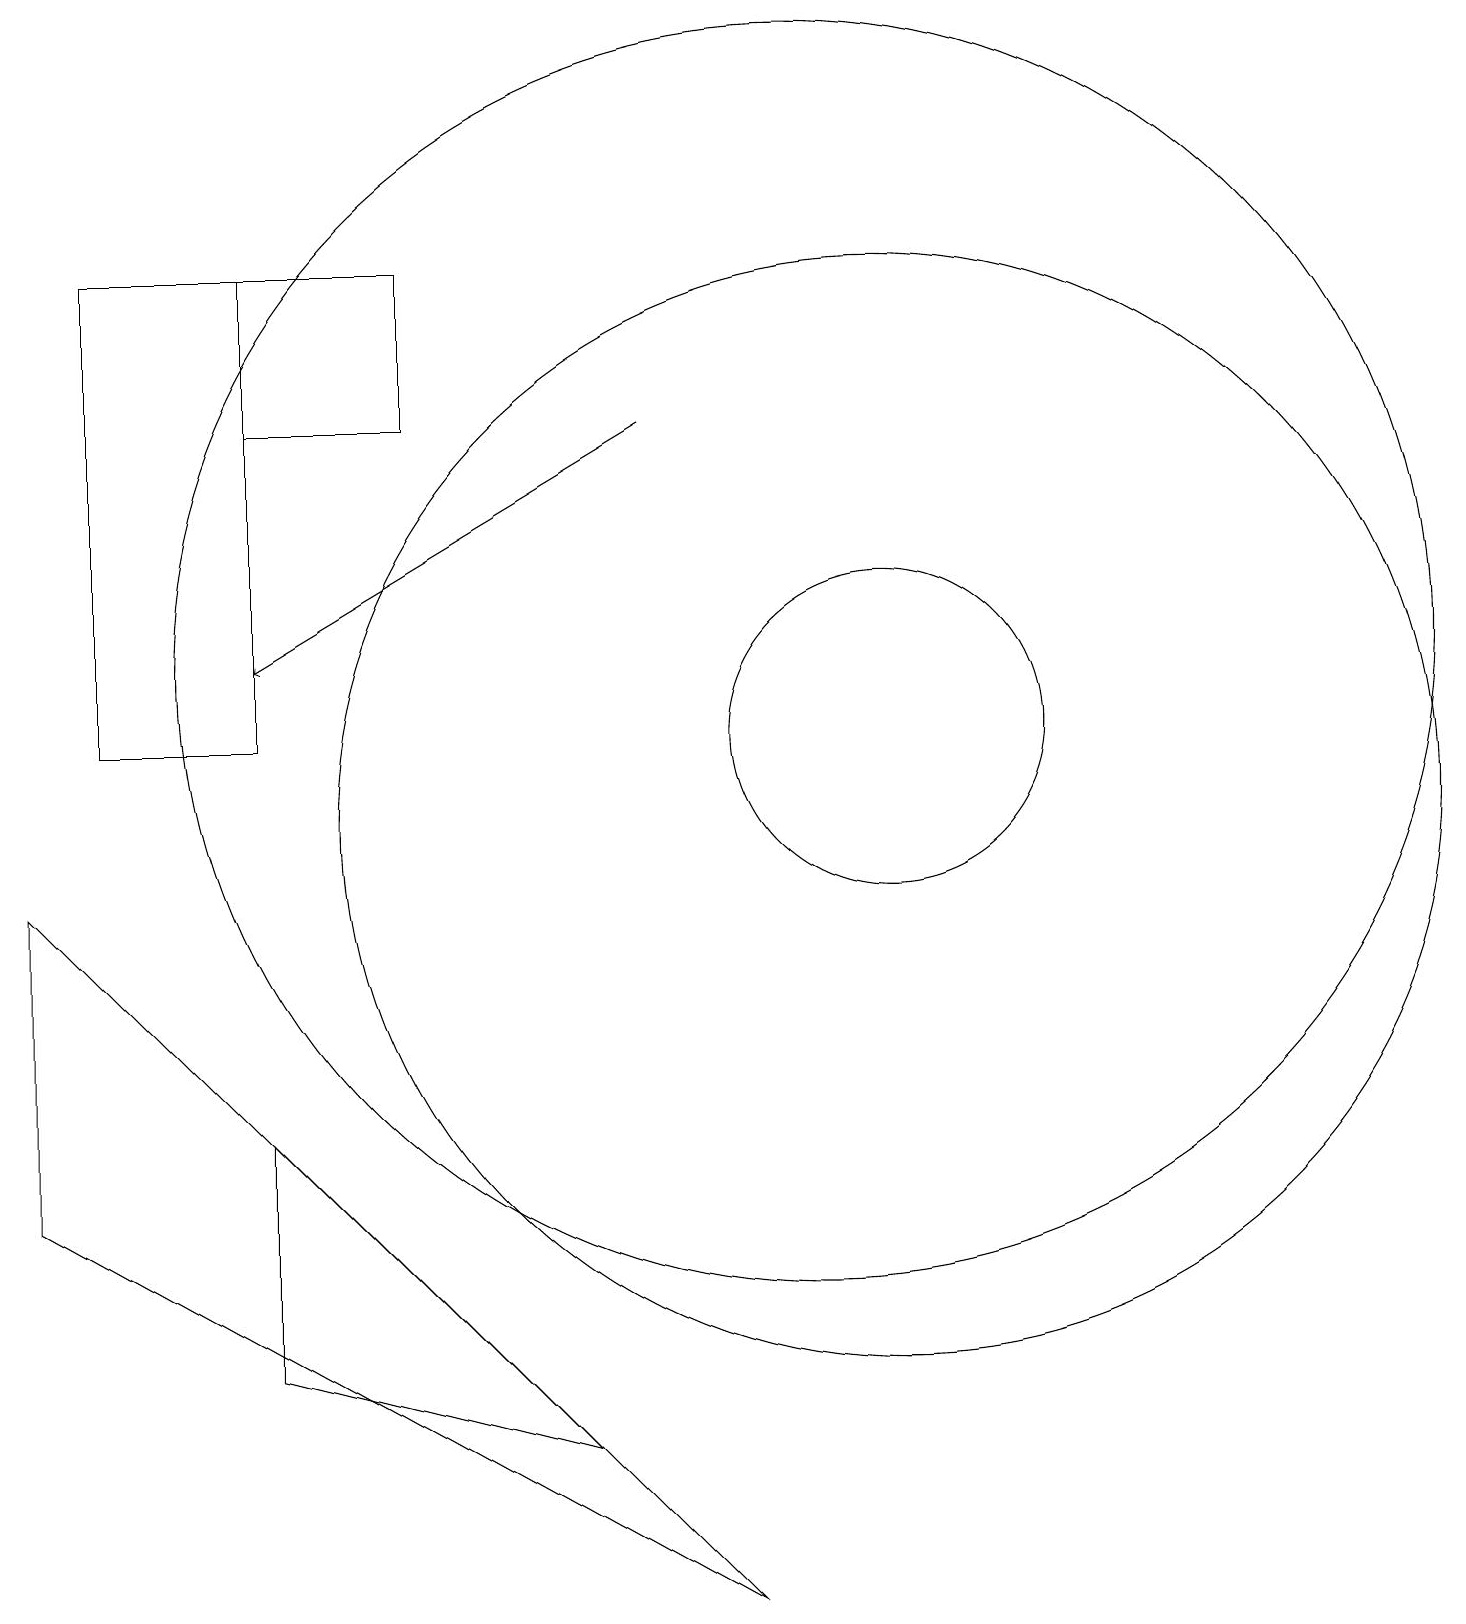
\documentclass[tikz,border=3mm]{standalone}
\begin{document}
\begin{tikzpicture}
\draw (3,15) rectangle (5,17);
\draw (10,12) circle (8);
\draw (3,11) rectangle (1,17);
\draw (3,3) -- (7,2) -- (3,6) -- cycle;
\draw (9,0) -- (0,9) -- (0,5) -- cycle;
\draw (11,11) circle (2);
\draw[->] (8,15) -- (3,12);
\draw (11,10) circle (7);
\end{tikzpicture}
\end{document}